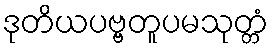
ဒုတိယပဗ္ဗတူပမသုတ္တံ